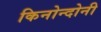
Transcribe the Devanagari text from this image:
किनोन्दोनी